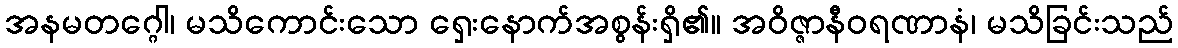
အနမတဂ္ဂေါ၊ မသိကောင်းသော ရှေးနောက်အစွန်းရှိ၏။ အဝိဇ္ဇာနီဝရဏာနံ၊ မသိခြင်းသည်